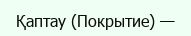
Қаптау (Покрытие) —